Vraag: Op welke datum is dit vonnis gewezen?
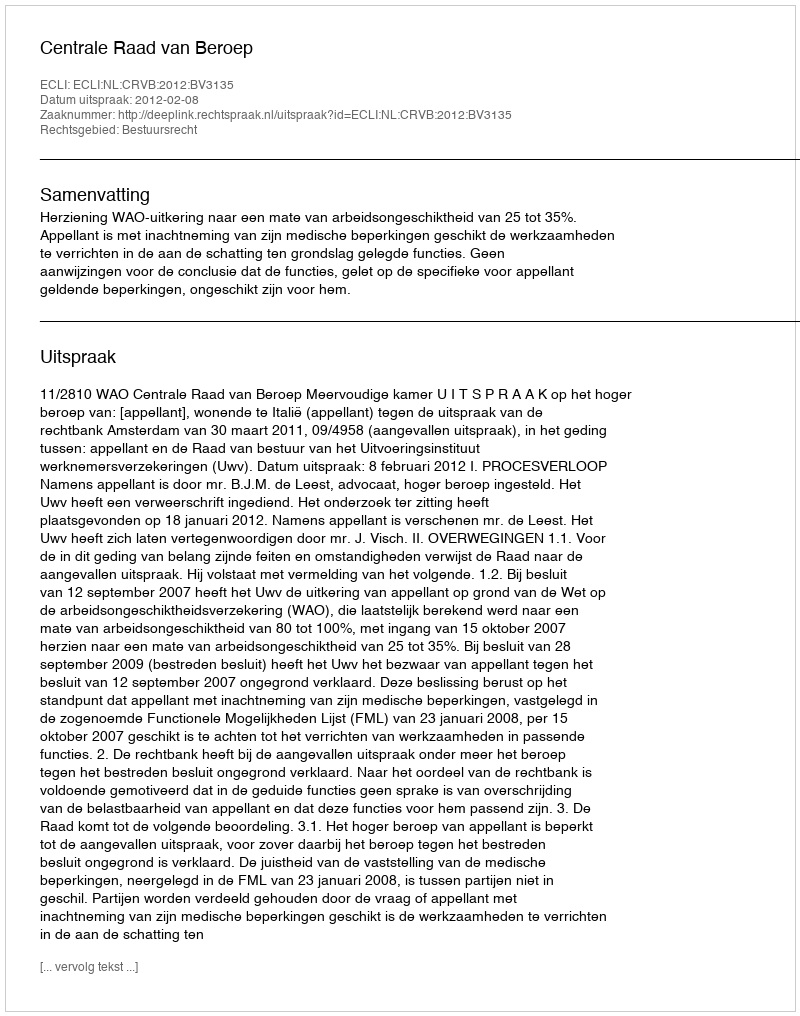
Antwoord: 2012-02-08